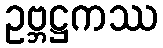
ဥဗ္ဘဋ္ဌကဿ